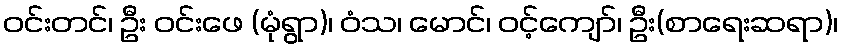
ဝင်းတင်၊ ဦး ဝင်းဖေ (မုံရွာ)၊ ဝံသ၊ မောင်၊ ဝင့်ကျော်၊ ဦး(စာရေးဆရာ)၊